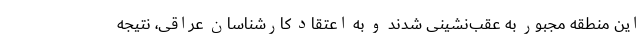
این منطقه مجبور به عقب‌نشینی شدند و به اعتقاد کارشناسان عراقی، نتیجه